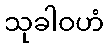
သုခါဝဟံ